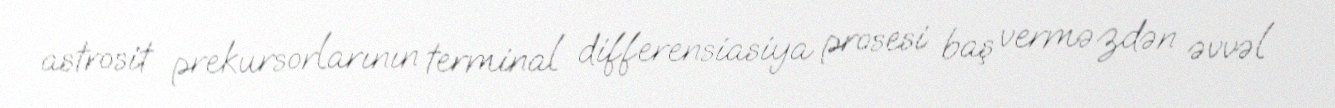
astrosit prekursorlarının terminal differensiasiya prosesi baş verməzdən əvvəl